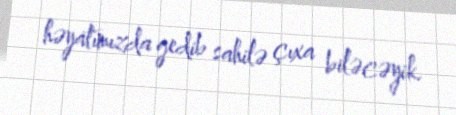
həyatımızda gedib sahilə çıxa biləcəyik.